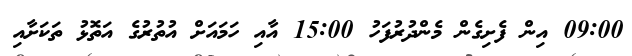
09:00 އިން ފެށިގެން މެންދުރުފަހު 15:00 އާއި ހަމައަށް އުތުރުގެ އަތޮޅު ތަކަށާއި